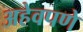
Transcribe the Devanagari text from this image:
अहेवपणे